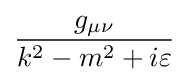
{\frac {g_{\mu \nu }}{k^{2}-m^{2}+i\varepsilon }}